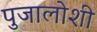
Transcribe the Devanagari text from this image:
पुजालोशी